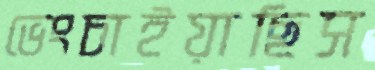
ভেংচাইয়াছিস